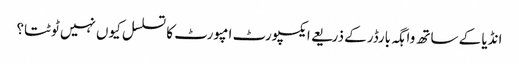
انڈیا کے ساتھ واہگہ بارڈرکے ذریعے ایکسپورٹ امپورٹ کا تسلسل کیوں نہیں ٹوٹتا؟